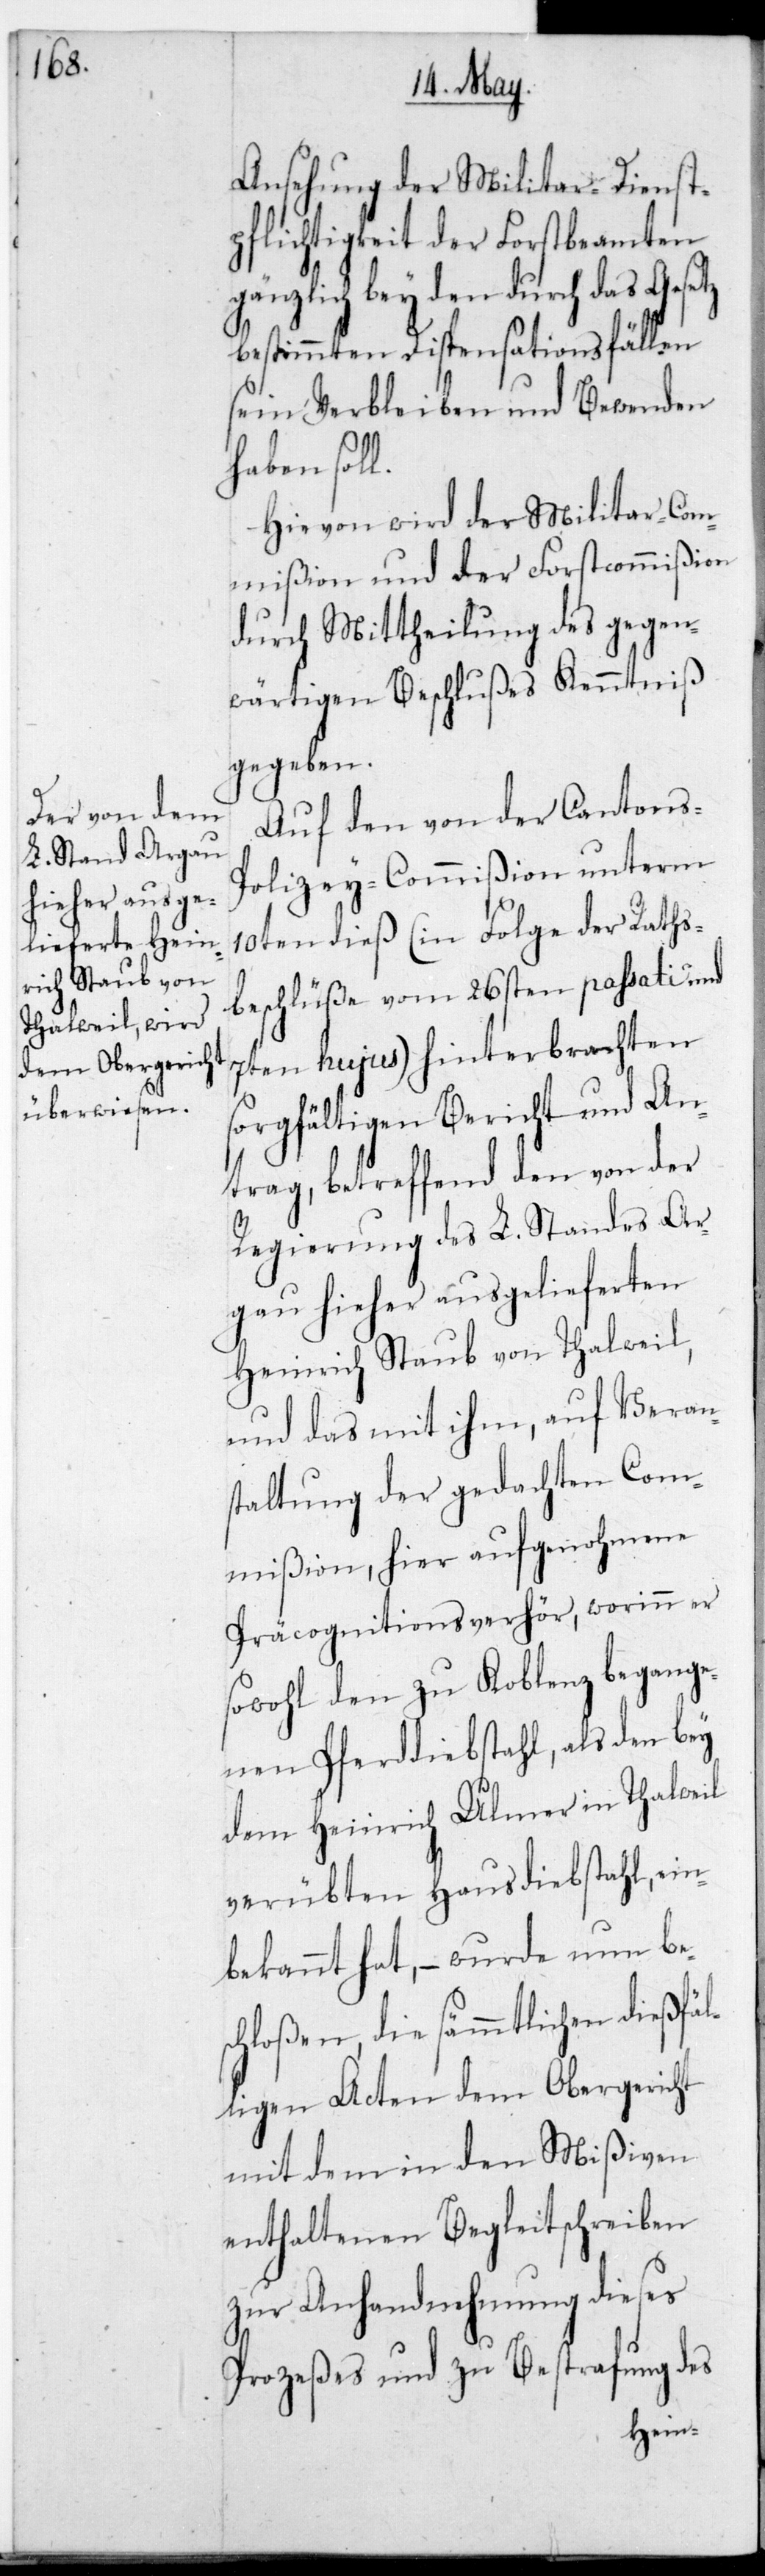
Ansehung der Militär-Dienst¬
pflichtigkeit der Forstbeamten
gänzlich bey den durch das Gesetz
bestimmten Dispensationsfällen
sein Verbleiben und Bewenden
haben soll.
Hievon wird der Militar-Com¬
mißion und der Forstcommißion
durch Mittheilung des gegen¬
wärtigen Beschlußes Kenntniß
gegeben.
Auf den von der Cantons-P¬
olizey-Commißion unterm
10ten dieß (in Folge der Raths¬
beschlüße vom 26sten passati und
7ten hujus) hinterbrachten
sorgfältigen Bericht und An¬
trag, betreffend den von der
Regierung des L. Standes Ar¬
gau hieher ausgeliefereten
Heinrich Staub von Thalweil,
und das mit ihm, auf Verans¬
taltung der gedachten Com¬
mißion, hier aufgenohmene
Präcognitionsverhör, worinn er
sowohl den zu Coblenz begange¬
nen Pferddiebstahl, als den bey
dem Heinrich Ulmer in Thalweil
verübten Hausdiebstahl, ein¬
bekannt hat, – wurde nun be¬
schloßen, die sämmtlichen dießfäl¬
ligen Acten dem Obergericht
mit dem in den Mißiven
enthaltenen Begleitschreiben
zur Anhandnehmung dieses
Prozeßes und zu Bestrafung des